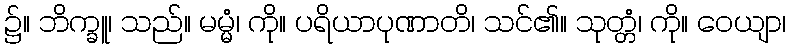
၌။ ဘိက္ခူ၊ သည်။ မမ္မံ၊ ကို။ ပရိယာပုဏာတိ၊ သင်၏။ သုတ္တံ၊ ကို။ ဝေယျာ၊